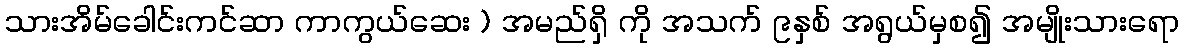
သားအိမ်ခေါင်းကင်ဆာ ကာကွယ်ဆေး ) အမည်ရှိ ကို အသက် ၉နှစ် အရွယ်မှစ၍ အမျိုးသားရော